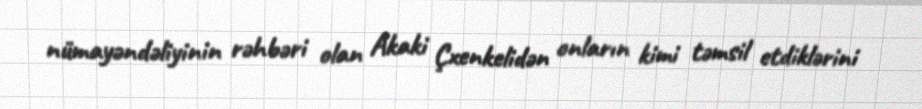
nümayəndəliyinin rəhbəri olan Akaki Çxenkelidən onların kimi təmsil etdiklərini